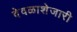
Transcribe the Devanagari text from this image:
देवळाशेजारी